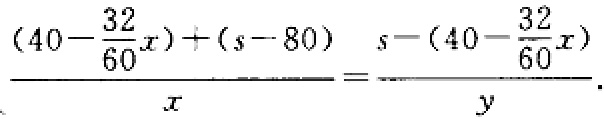
\(\frac{(40 - \frac{32}{60}x)+(s - 80)}{x}=\frac{s-(40 - \frac{32}{60}x)}{y}\)